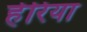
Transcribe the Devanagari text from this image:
हेरिया